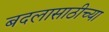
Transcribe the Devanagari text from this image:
बदलासाठीच्या